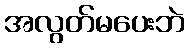
အလွတ်မပေးဘဲ